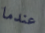
عندما